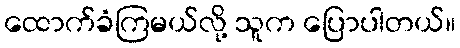
ထောက်ခံကြမယ်လို့ သူက ပြောပါတယ်။